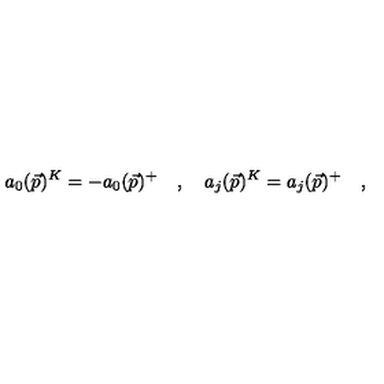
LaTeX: a _ { 0 } ( \vec { p } ) ^ { K } = - a _ { 0 } ( \vec { p } ) ^ { + } \quad , \quad a _ { j } ( \vec { p } ) ^ { K } = a _ { j } ( \vec { p } ) ^ { + } \quad ,